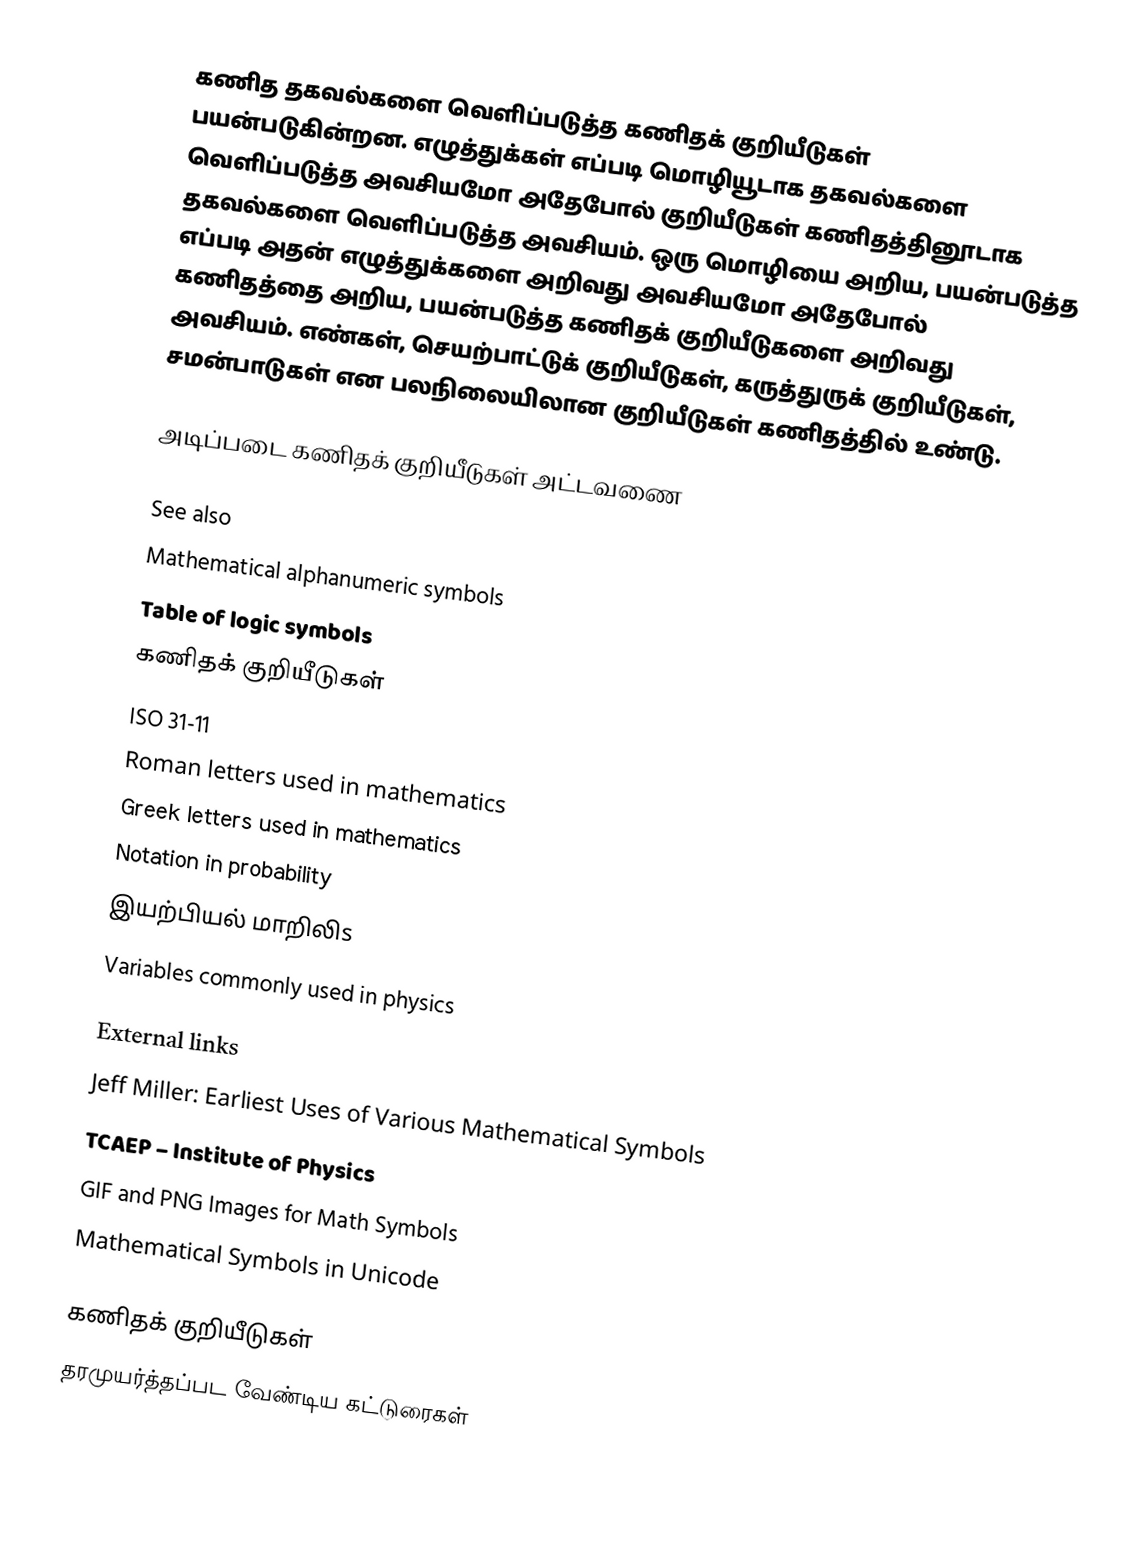
கணித தகவல்களை வெளிப்படுத்த கணிதக் குறியீடுகள் பயன்படுகின்றன.  எழுத்துக்கள் எப்படி மொழியூடாக தகவல்களை வெளிப்படுத்த அவசியமோ அதேபோல் குறியீடுகள் கணிதத்தினூடாக தகவல்களை வெளிப்படுத்த அவசியம்.  ஒரு மொழியை அறிய, பயன்படுத்த எப்படி அதன் எழுத்துக்களை அறிவது அவசியமோ அதேபோல் கணிதத்தை அறிய, பயன்படுத்த கணிதக் குறியீடுகளை அறிவது அவசியம்.  எண்கள், செயற்பாட்டுக் குறியீடுகள், கருத்துருக் குறியீடுகள், சமன்பாடுகள் என பலநிலையிலான குறியீடுகள் கணிதத்தில் உண்டு.

அடிப்படை கணிதக் குறியீடுகள் அட்டவணை

See also
 Mathematical alphanumeric symbols
 Table of logic symbols
 கணிதக் குறியீடுகள்
 ISO 31-11
 Roman letters used in mathematics
 Greek letters used in mathematics
 Notation in probability
 இயற்பியல் மாறிலிs
 Variables commonly used in physics

External links
 Jeff Miller: Earliest Uses of Various Mathematical Symbols
 TCAEP – Institute of Physics
 GIF and PNG Images for Math Symbols
 Mathematical Symbols in Unicode

கணிதக் குறியீடுகள்
தரமுயர்த்தப்பட வேண்டிய கட்டுரைகள்